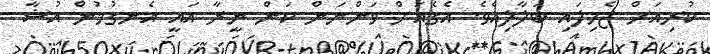
ކުރިއަށް ޖެހިލައި ބަލާލިއެވެ. އެގެއަށް ވަންނަން ކަން ނީރާ އައީ އެނގުމުން އުޝާ